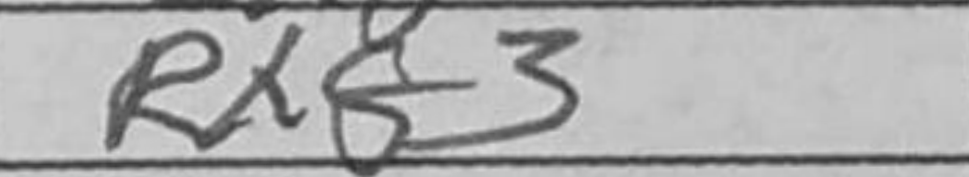
Transcription: Rxf3